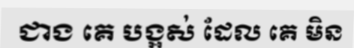
ជាង គេ បង្អស់ ដែល គេ មិន